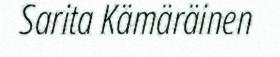
Sarita Kämäräinen